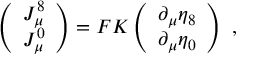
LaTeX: \left( \begin{array} { c } { { J _ { \mu } ^ { 8 } } } \\ { { J _ { \mu } ^ { 0 } } } \end{array} \right) = F K \left( \begin{array} { c } { { \partial _ { \mu } \eta _ { 8 } } } \\ { { \partial _ { \mu } \eta _ { 0 } } } \end{array} \right) ~ ,